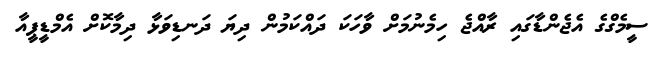
ސީމެގްގެ އެޖެންޑާގައި ރާއްޖެ ހިމެނުމަށް ވާހަކަ ދައްކަމުން ދިޔަ ދަނޑިވަޅާ ދިމާކޮށް އެމްޑީޕީއާ